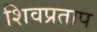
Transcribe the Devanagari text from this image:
शिवप्रताप